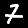
Digit: 7